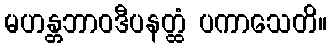
မဟန္တဘာဝဒီပနတ္ထံ ပကာသေတိ။